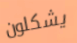
يشكلون